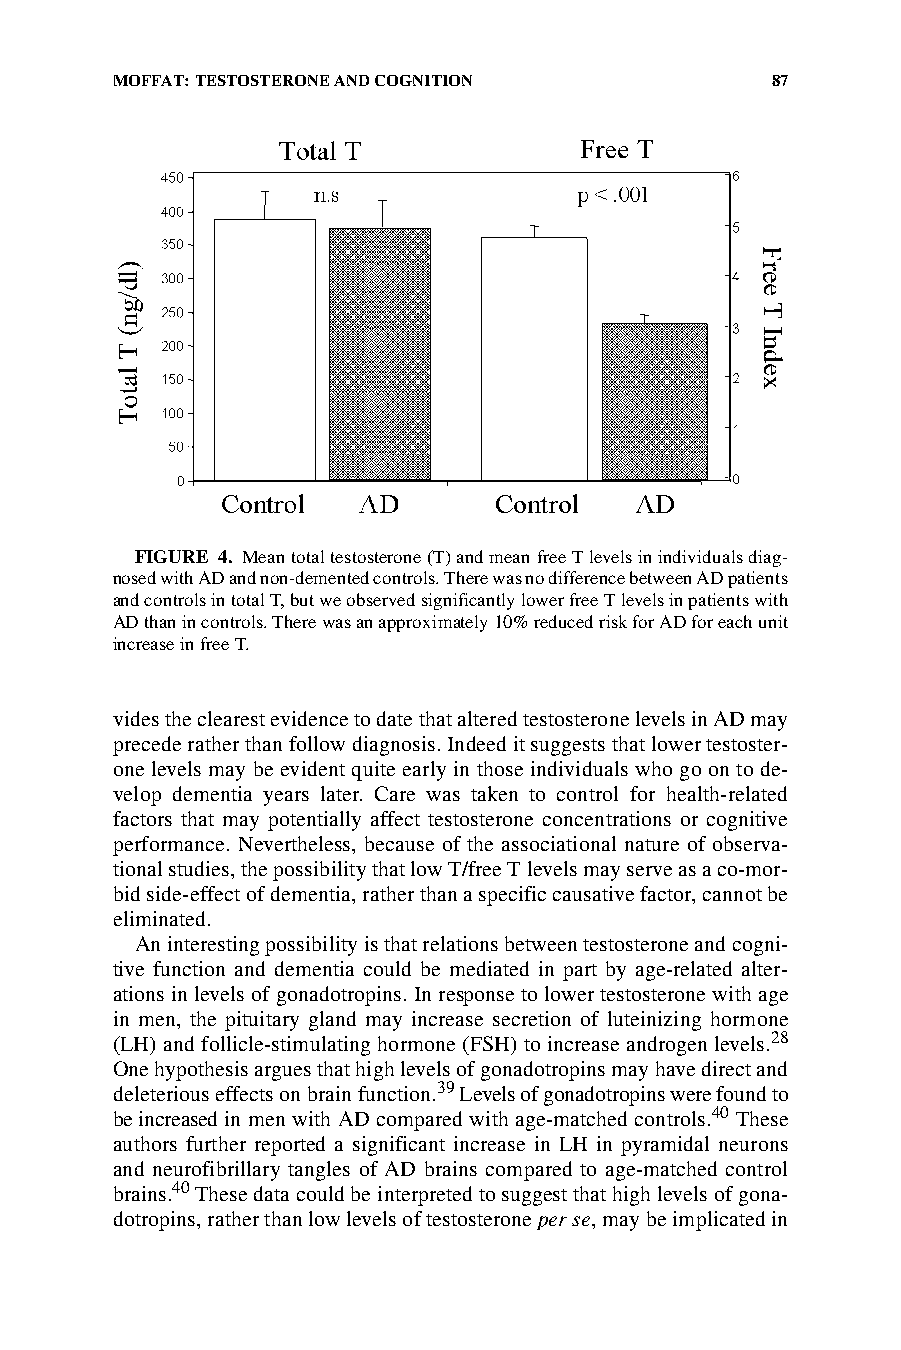
MOFFAT: TESTOSTERONE AND COGNITION          87
 FIGURE 4. Mean total testosterone (T) and mean free T levels in individuals diag-
 nosed with AD and non-demented controls. There was no difference between AD patients
 and controls in total T, but we observed significantly lower free T levels in patients with
 AD than in controls. There was an approximately 10% reduced risk for AD for each unit
 increase in free T.
 vides the clearest evidence to date that altered testosterone levels in AD may
 precede rather than follow diagnosis. Indeed it suggests that lower testoster-
 one levels may be evident quite early in those individuals who go on to de-
 velop dementia years later. Care was taken to control for health-related
 factors that may potentially affect testosterone concentrations or cognitive
 performance. Nevertheless, because of the associational nature of observa-
 tional studies, the possibility that low T/free T levels may serve as a co-mor-
 bid side-effect of dementia, rather than a specific causative factor, cannot be
 eliminated.
 An interesting possibility is that relations between testosterone and cogni-
 tive function and dementia could be mediated in part by age-related alter-
 ations in levels of gonadotropins. In response to lower testosterone with age
 in men, the pituitary gland may increase secretion of luteinizing hormone
 (LH) and follicle-stimulating hormone (FSH) to increase androgen levels.28
 One hypothesis argues that high levels of gonadotropins may have direct and
 deleterious effects on brain function.39 Levels of gonadotropins were found to
 be increased in men with AD compared with age-matched controls.40 These
 authors further reported a significant increase in LH in pyramidal neurons
 and neurofibrillary tangles of AD brains compared to age-matched control
 brains.40 These data could be interpreted to suggest that high levels of gona-
 dotropins, rather than low levels of testosterone per se, may be implicated in